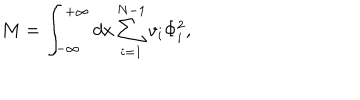
M = \int _ { - \infty } ^ { + \infty } d x \sum _ { i = 1 } ^ { N - 1 } v _ { i } \Phi _ { i } ^ { 2 } ,